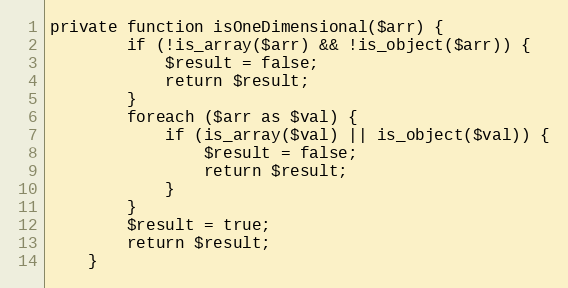
Language: PHP
private function isOneDimensional($arr) {
		if (!is_array($arr) && !is_object($arr)) {
			$result = false;
			return $result;
		}
		foreach ($arr as $val) {
			if (is_array($val) || is_object($val)) {
				$result = false;
				return $result;
			}
		}
		$result = true;
		return $result;
	}